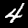
Label: 4